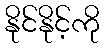
နိုင်နိုင့်ကို